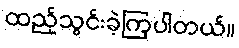
ထည့်သွင်းခဲ့ကြပါတယ်။